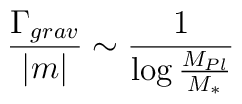
\frac{\Gamma_{grav}}{|m|} \sim \frac{1}{\log \frac{M_{Pl}}{M_*}}